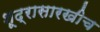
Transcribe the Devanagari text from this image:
शूद्रासारखीच